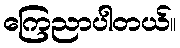
ကြေညာပါတယ်။